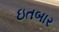
ઇતબાર